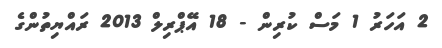
2 އަހަރު 1 މަސް ކުރިން - 18 އޭޕްރިލް 2013 ރައްޔިތުންގެ